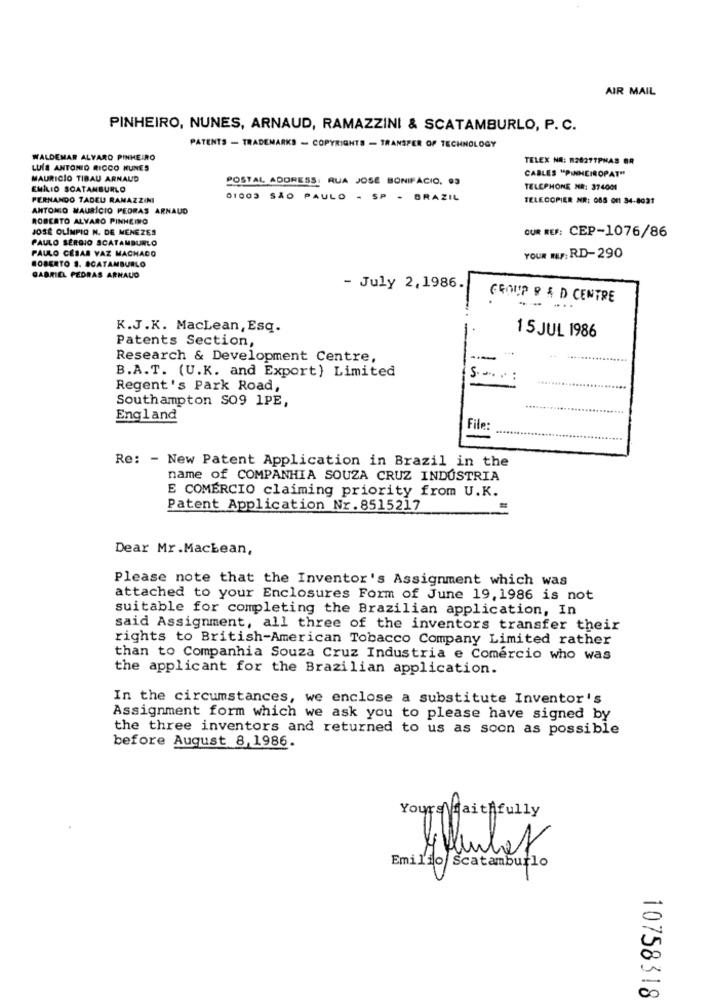
AIR MAIL
PINHEIRO, NUNES, ARNAUD, RAMAZZINI & SCATAMBURLO, P. C.
PATENTS - TRADEMARKS - COPYRIGHTS - TRANSFER OF TECHNOLOGY
WALDEMAR ALVARO PINHEIRO
TELEX NA: 12827TPHAS OR
LUIS ANTONIO RICCO KUNES
MAURICIO TIBAU ARNAUD
POSTAL ADDRESS: RUA JOSÉ BONIFÁCIO, OS
CABLES "PINHEIROPAT"
EMILIO SCATANBURLO
TELEPHONE NR: 374001
FERNANDO TADEU RAMAZZINI
01003 SÃO PAULO - SP - BRAZIL
TELECOPIER NR: 085 of1 34-8031
ANTONIO MAURICIO PEDRAS ARNAUD
ROBERTO ALVARO PINHEIRO
JOSÉ OLÍMPIO N. DE MENEZES
OUR REF: CEP-1076/86
PAULO SERGIO SCATAMBURLO
PAULO CESAR VAZ MACHADO
ROBERTO S. ACATAMBURLO
YOUR REF: RD-290
GABRIEL PEDRAS ARNAUD
- July 2,1986.
GROUP 9 & D CENTRE
.-..
K.J.K. MacLean, Esq.
15 JUL 1986
Patents Section,
Research & Development Centre,
-
B.A.T. (U.K. and Export) Limited
5 ....
Regent's Park Road,
Southampton SO9 1PE,
England
File
Re: - New Patent Application in Brazil in the
name of COMPANHIA SOUZA CRUZ INDÚSTRIA
E COMERCIO claiming priority from U.K.
Patent Application Nr. 8515217
Dear Mr.Macbean,
Please note that the Inventor's Assignment which was
attached to your Enclosures Form of June 19, 1986 is not
suitable for completing the Brazilian application, In
said Assignment, all three of the inventors transfer their
rights to British-American Tobacco Company Limited rather
than to Companhia Souza Cruz Industria e Comercio who was
the applicant for the Brazilian application.
In the circumstances, we enclose a substitute Inventor's
Assignment form which we ask you to please have signed by
the three inventors and returned to us as soon as possible
before August 8,1986.
Yours Faithfully
Emilio Scatamburlo
C
00
10758318